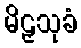
မိဠှသုခံ